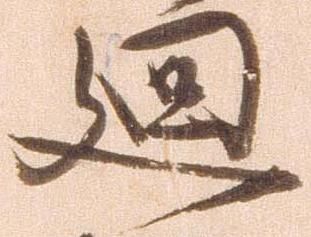
廻